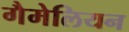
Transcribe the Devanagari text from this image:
गैमेलियन